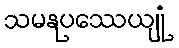
သမနုပဿေယျုံ